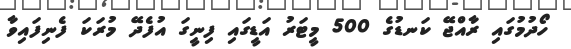
ހޯދުމުގައި ރާއްޖޭ ކަނޑުގެ 500 މީޓަރު އަޑީގައި ފިނީގަ އުފެދޭ މުރަކަ ފެނިފައިވާ